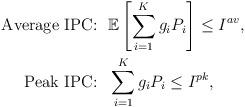
LaTeX: \begin{align*}\mbox{Average IPC:}~~&\mathbb{E}\left[\sum_{i=1}^K g_iP_i\right]\le I^{av}, \\\mbox{Peak IPC:}~~&\sum_{i=1}^K g_iP_i\le I^{pk},\end{align*}